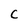
Character: C